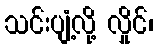
သင်းပျံ့လို့ လှိုင်၊